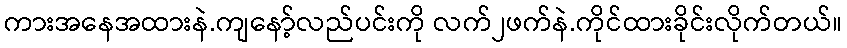
ကားအနေအထားနဲ.ကျနော့်လည်ပင်းကို လက်၂ဖက်နဲ.ကိုင်ထားခိုင်းလိုက်တယ်။